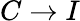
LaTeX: C\rightarrow I